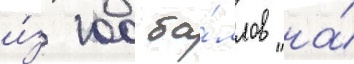
и́з 100 ба́ллов на́